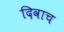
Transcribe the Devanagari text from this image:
दिवाच